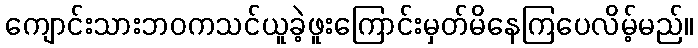
ကျောင်းသားဘဝကသင်ယူခဲ့ဖူးကြောင်းမှတ်မိနေကြပေလိမ့်မည်။